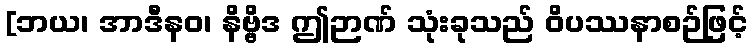
[ဘယ၊ အာဒီနဝ၊ နိဗ္ဗိဒ ဤဉာဏ် သုံးခုသည် ဝိပဿနာစဉ်ဖြင့်